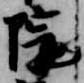
院